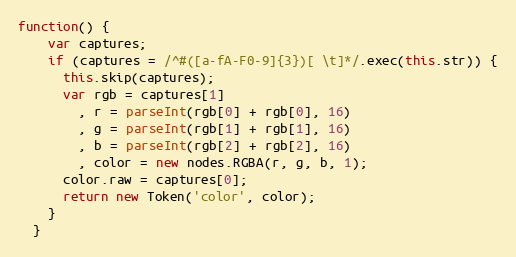
Language: JavaScript
function() {
    var captures;
    if (captures = /^#([a-fA-F0-9]{3})[ \t]*/.exec(this.str)) {
      this.skip(captures);
      var rgb = captures[1]
        , r = parseInt(rgb[0] + rgb[0], 16)
        , g = parseInt(rgb[1] + rgb[1], 16)
        , b = parseInt(rgb[2] + rgb[2], 16)
        , color = new nodes.RGBA(r, g, b, 1);
      color.raw = captures[0];
      return new Token('color', color);
    }
  }